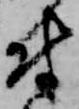
付